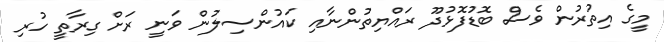
މީގެ އިތުރުން ވެސް ބޮޑުފޮޅުދޫ ރައްޔިތުންނާއި ކައުންސިލުން ވަނީ ރަށް ގިރާތީ ހުރި